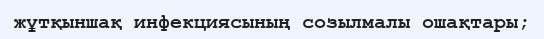
жұтқыншақ инфекциясының созылмалы ошақтары;